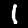
Digit: 1